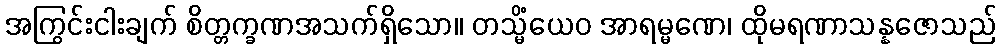
အကြွင်းငါးချက် စိတ္တက္ခဏအသက်ရှိသော။ တသ္မိံယေဝ အာရမ္မဏေ၊ ထိုမရဏာသန္နဇောသည်